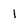
Character: 1